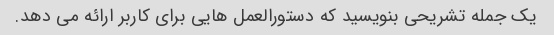
یک جمله تشریحی بنویسید که دستورالعمل هایی برای کاربر ارائه می دهد.